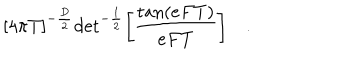
{ \lbrack 4 \pi T \rbrack } ^ { - { \frac { D } { 2 } } } \mathrm { d e t } ^ { - { \frac { 1 } { 2 } } } \biggl [ { \frac { \mathrm { t a n } ( e F T ) } { e F T } } \biggr ] \quad . \,